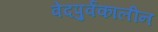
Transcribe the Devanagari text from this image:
वेदपुर्वकालीन